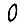
Digit: 0